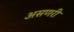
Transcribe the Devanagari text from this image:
असणरी